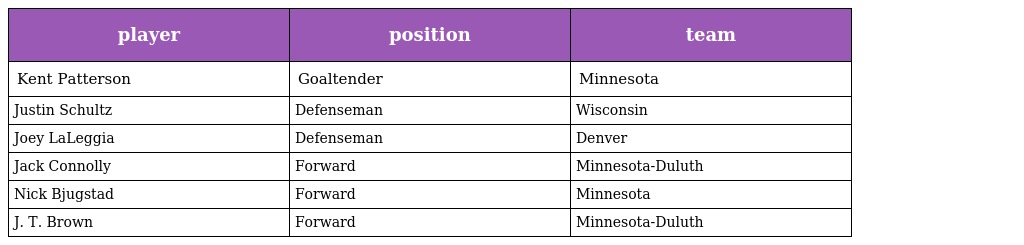
| player | position | team |
 | --- | --- | --- |
 | Kent Patterson | Goaltender | Minnesota |
 | Justin Schultz | Defenseman | Wisconsin |
 | Joey LaLeggia | Defenseman | Denver |
 | Jack Connolly | Forward | Minnesota-Duluth |
 | Nick Bjugstad | Forward | Minnesota |
 | J. T. Brown | Forward | Minnesota-Duluth |